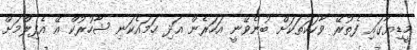
މީޑިޔާގައި ފެތުރޭ ވާހަކަތަކަށް ބުނެވޭނީ އަހަރެން އަދި ހަމައެކަނި ޝާހުރުކް އޭ އެފިލްމަށް